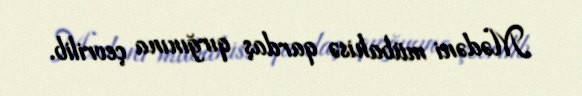
Mədəni mübahisə qardaş qırğınına çevrilib.